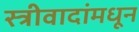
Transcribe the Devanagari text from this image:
स्त्रीवादांमधून